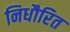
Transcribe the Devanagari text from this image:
निधौरित